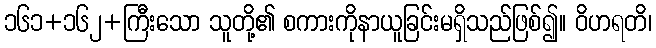
၁၆၁+၁၆၂+ကြီးသော သူတို့၏ စကားကိုနာယူခြင်းမရှိသည်ဖြစ်၍။ ဝိဟရတိ၊